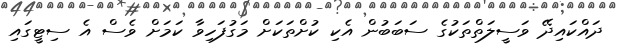
ދައްކައިދޭ ވަސީލަތްތަކުގެ ސަބަބުން އެކި ކުށްތަކަށް މަގުފަހިވާ ކަމަށް ވެސް އެ ސިޓީގައި